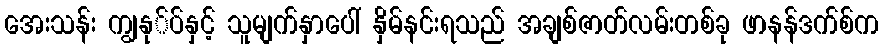
အေးသန်း ကျွနု်ပ်နှင့် သူမျက်နှာပေါ် နှိမ်နင်းရသည် အချစ်ဇာတ်လမ်းတစ်ခု ဖာနန်ဒက်စ်က